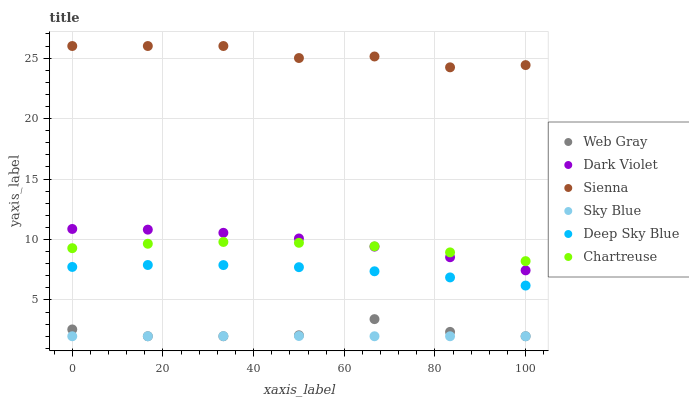
| xaxis_label | Web Gray | Dark Violet | Sienna | Sky Blue | Deep Sky Blue | Chartreuse |
 | --- | --- | --- | --- | --- | --- | --- |
 | 0 | 2.56 | 10.9 | 26 | 2 | 7.73 | 9.28 |
 | 16.7 | 2 | 10.8 | 26 | 2 | 7.89 | 9.65 |
 | 33.3 | 2 | 10.6 | 26 | 2.01 | 7.89 | 9.8 |
 | 50 | 2.08 | 10.1 | 25 | 2.02 | 7.71 | 9.73 |
 | 66.7 | 3.42 | 9.41 | 25.1 | 2 | 7.37 | 9.44 |
 | 83.3 | 2.36 | 8.53 | 24.2 | 2 | 6.87 | 8.93 |
 | 100 | 2 | 7.45 | 24.4 | 2 | 6.19 | 8.21 |